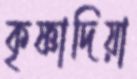
কৃষ্ণাদিয়া